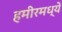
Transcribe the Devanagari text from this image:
हमीरमध्ये